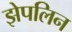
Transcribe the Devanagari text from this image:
झेपलिन